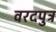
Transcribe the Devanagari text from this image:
वरदपुत्र